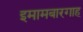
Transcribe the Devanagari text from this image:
इमामबारगाह